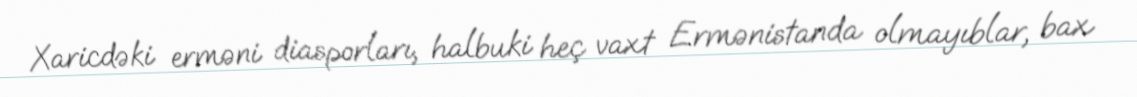
Xaricdəki erməni diasporları, halbuki heç vaxt Ermənistanda olmayıblar, bax